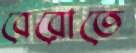
বেরোতে